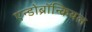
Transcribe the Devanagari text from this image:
एन्डोब्रॉन्कियल